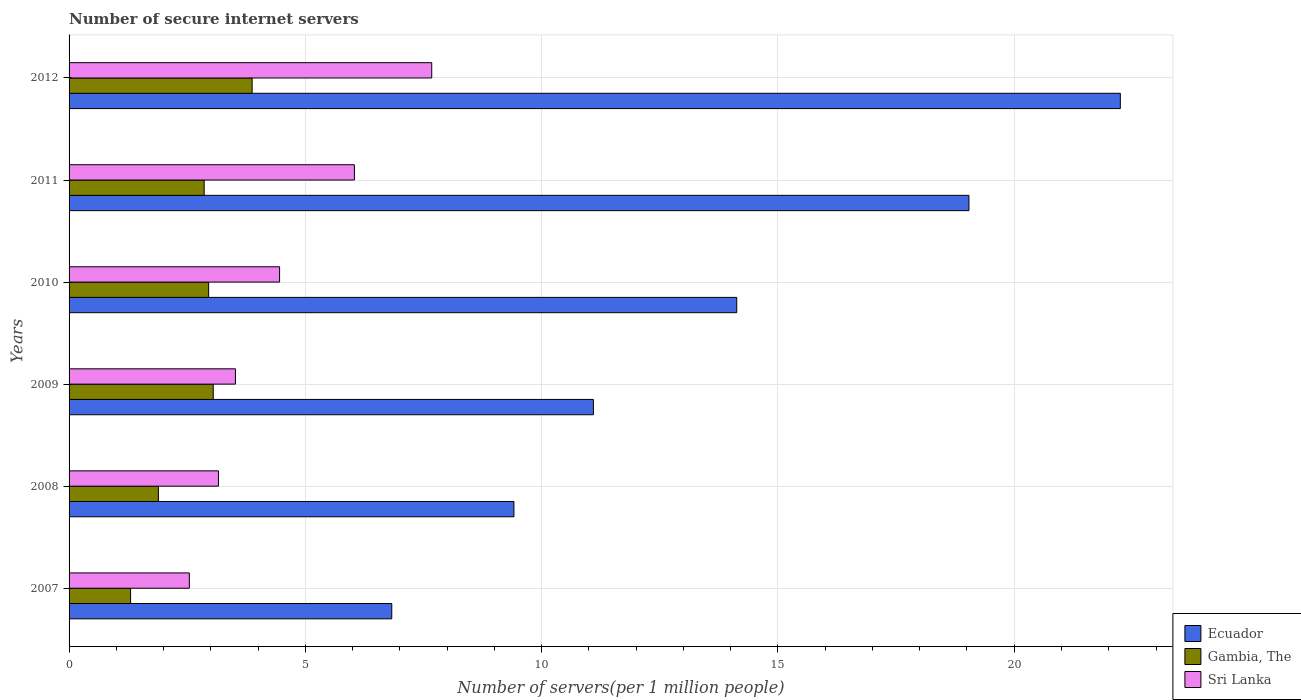
| Years | Ecuador | Gambia, The | Sri Lanka |
 | --- | --- | --- | --- |
 | 2007 | 6.83 | 1.3 | 2.55 |
 | 2008 | 9.41 | 1.89 | 3.16 |
 | 2009 | 11.1 | 3.05 | 3.52 |
 | 2010 | 14.1 | 2.95 | 4.45 |
 | 2011 | 19 | 2.86 | 6.04 |
 | 2012 | 22.2 | 3.87 | 7.67 |